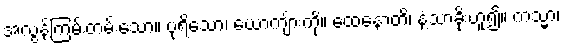
အလွန်ကြမ်းတမ်းသော။ ပုရိသော၊ ယောကျ်ားကို။ ထေနောတိ၊ နံ့သာခိုးဟူ၍။ ကသ္မာ၊